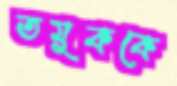
তমুককে